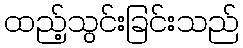
ထည့်သွင်းခြင်းသည်